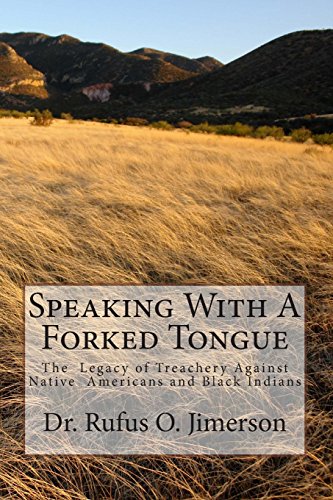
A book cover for Speaking With A Forked Tongue: The  Legacy of Treachery Against Native  American; Dr. Rufus O. Jimerson; History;